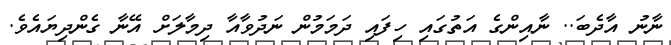
ނާނު އާދެބަ.. ނާއިންގެ އަތުގައި ހިފައި ދަމަމުން ނަދުވާއާ ދިމާލަށް އޭނާ ގެންދިޔައެވެ.